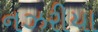
નઝરીયા